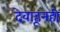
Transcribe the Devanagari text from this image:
देवाहूनही